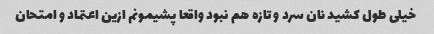
خیلی طول کشید نان سرد و تازه هم نبود واقعا پشیمونم ازین اعتماد و امتحان